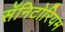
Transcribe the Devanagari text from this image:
सॅनिटोरियम